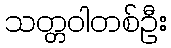
သတ္တဝါတစ်ဦး